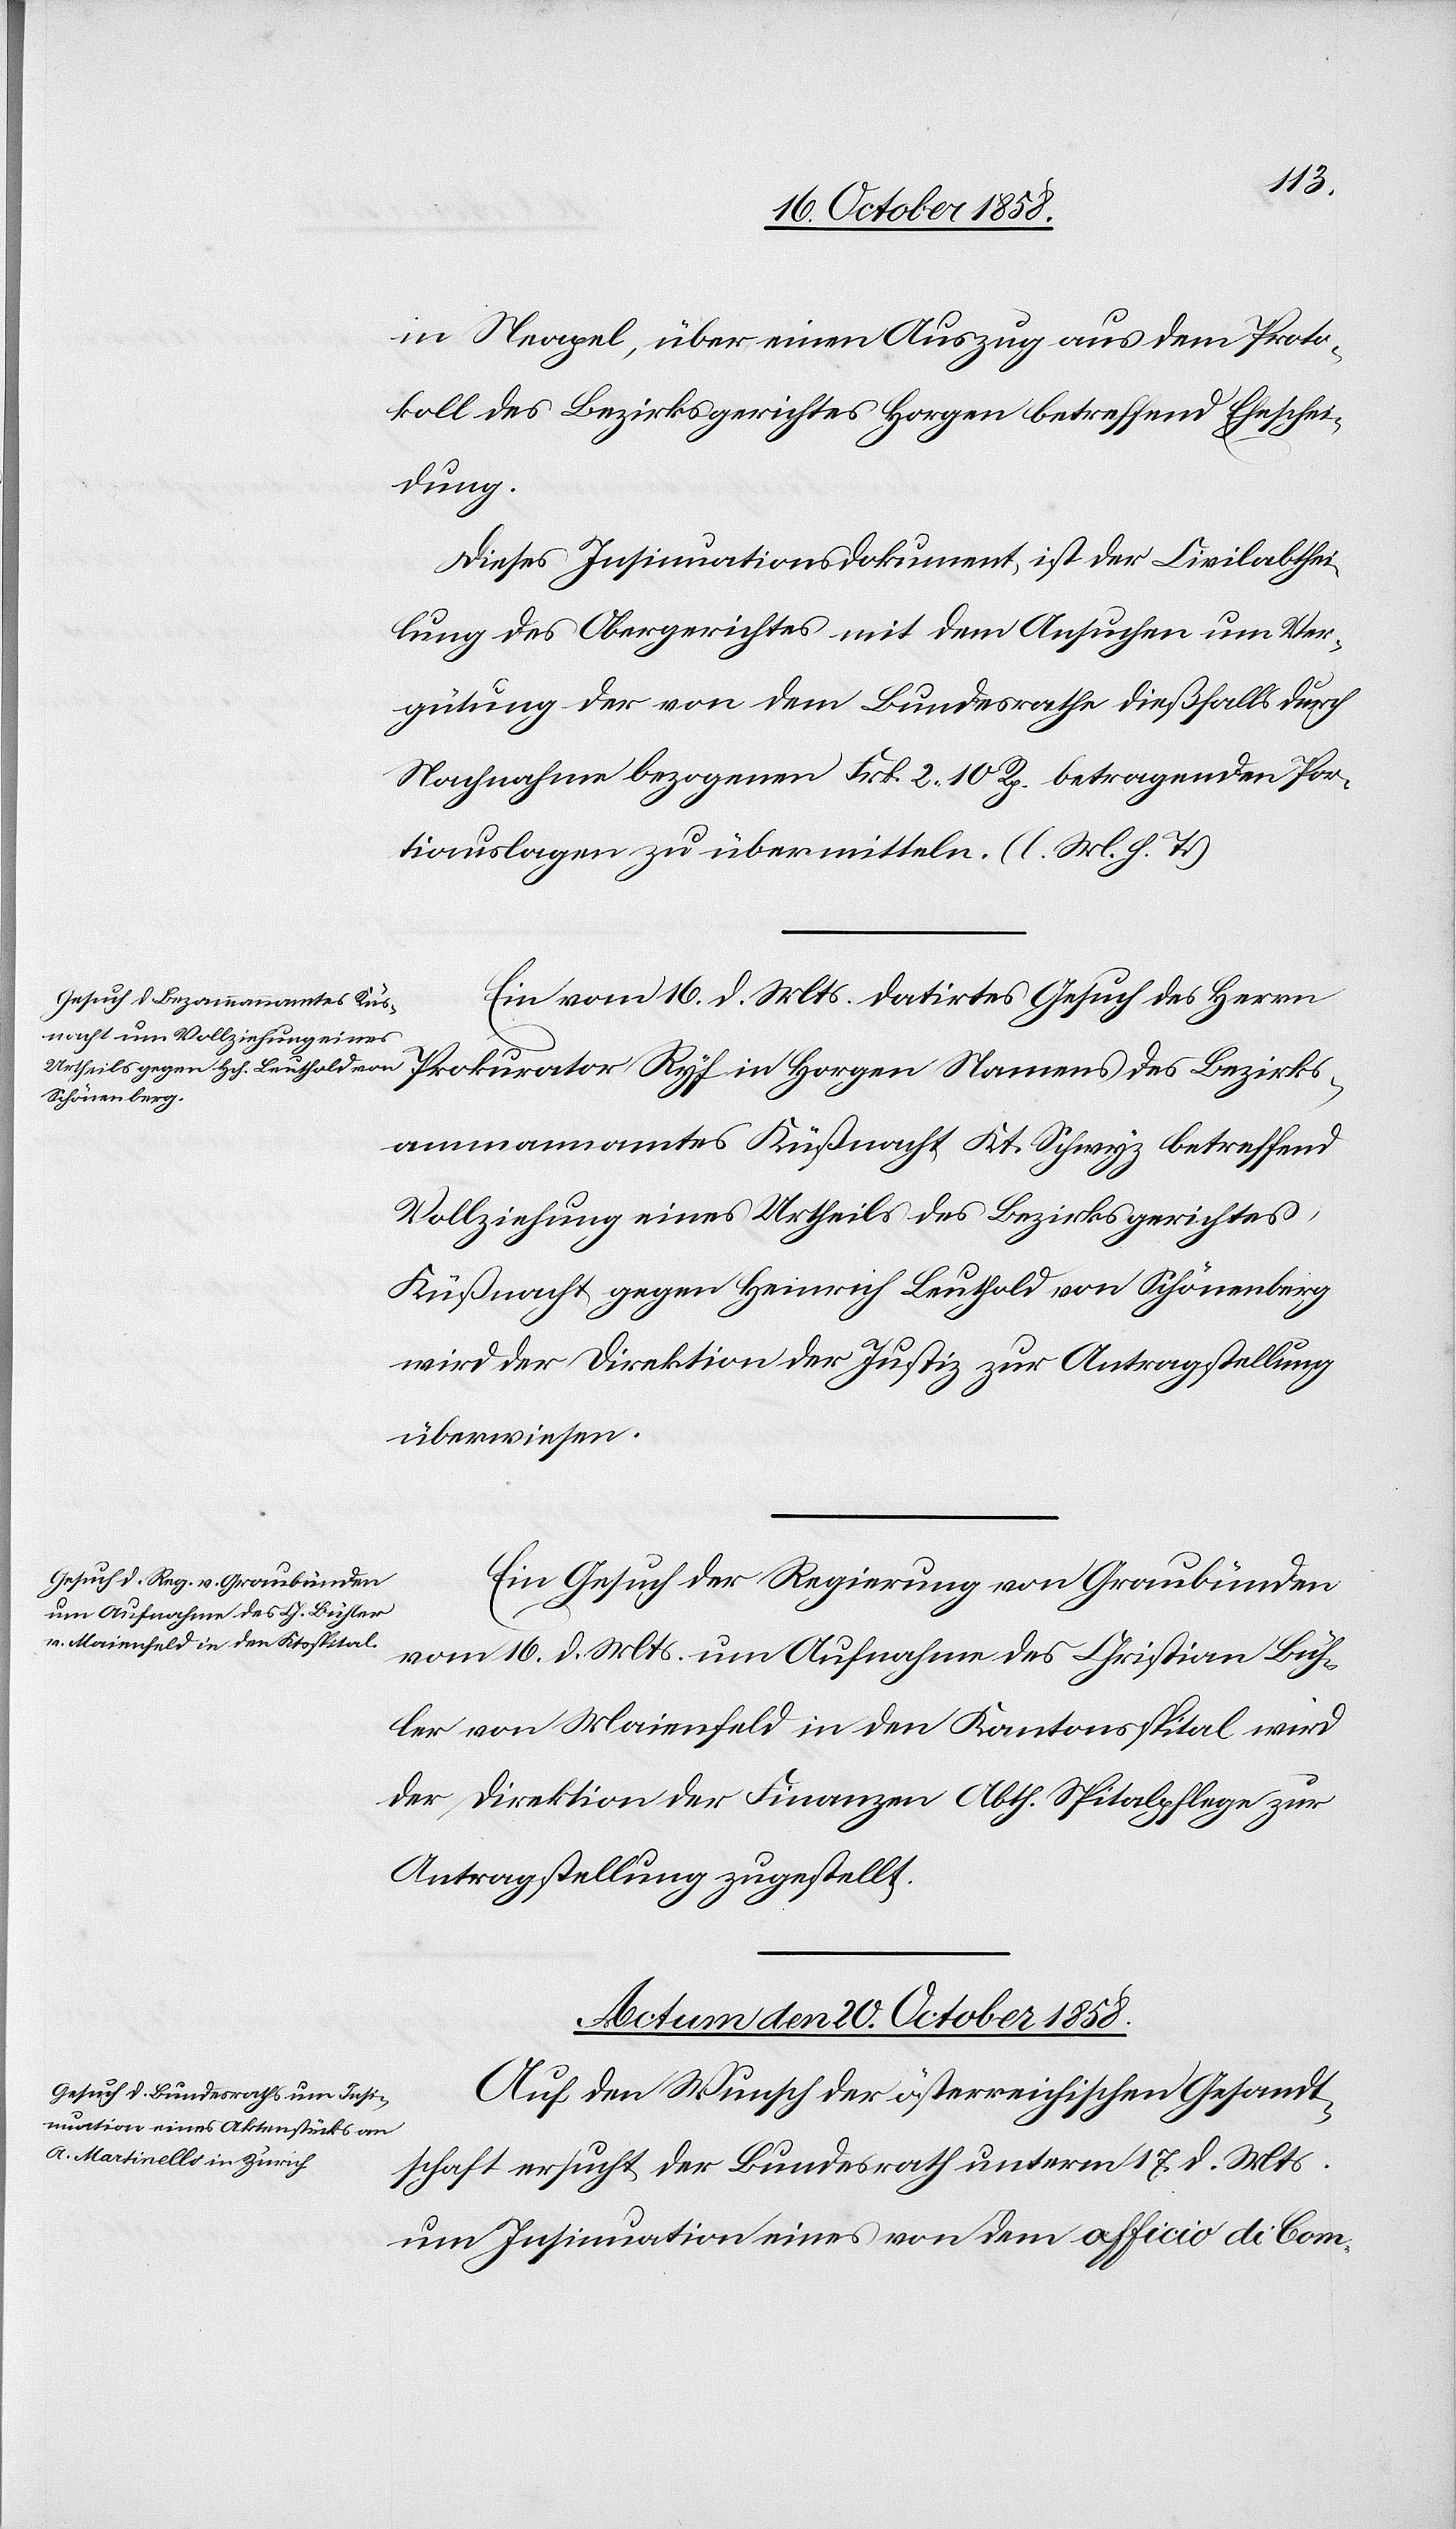
in Neapel, über einen Auszug aus dem Proto¬
koll des Bezirksgerichtes Horgen betreffend Eheschei¬
dung.
Dieses Insinuationsdokument ist der Civilabthei¬
lung des Obergerichtes mit dem Ansuchen um Ver¬
gütung der von dem Bundesrathe dießfalls durch
Nachnahme bezogenen Frk. 2 10 Rp. betragenden Por¬
tiauslagen zu übermitteln. (l. M. h. T.)
Ein vom 16. d. Mts. datirtes Gesuch des Herrn
ügungen.]
ammannamtes Küßnacht Kt. Schwyz betreffend
Vollziehung eines Urtheils des Bezirksgerichtes
Küßnacht gegen Heinrich Leuthold von Schönenberg
wird der Direktion der Justiz zur Antragstellung
überwiesen.
Ein Gesuch der Regierung von Graubünden
vom 16. d. Mts. um Aufnahme des Christian Büh¬
ler von Maienfeld in den Kantonsspital wird
der Direktion der Finanzen Abth. Spitalpflege zur
Antragstellung zugestellt.
Actum den 20. October 1858.
Auf den Wunsch der österreichischen Gesandt¬
schaft ersucht der Bundesrath unterm 17. d. Mts.
um Insinuation eines von dem officio di Com-